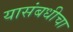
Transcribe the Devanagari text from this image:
यासंबधीचा